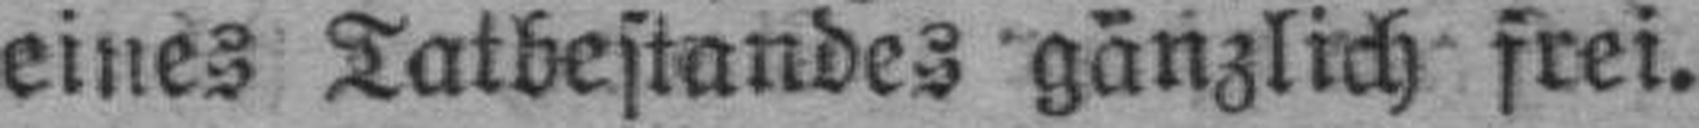
eines Tatbestandes gänzlich frei.